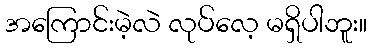
အကြောင်းမဲ့လဲ လုပ်လေ့ မရှိပါဘူး။